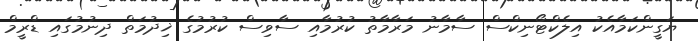
ޔަގީންކަމާއެކު އިލެކްޓޯނިކްސް ސާމާނު މަރާމާތު ކުރުމާއި ސާވިސް ކުރުމުގެ ޚިދުމަތް ދިނުމުގައި ޑްރީމް